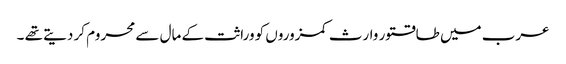
عرب میں طاقتور وارث کمزوروں کو وراثت کے مال سے محروم کر دیتے تھے ۔